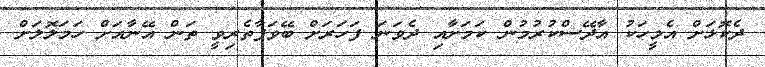
ދެކޮޅަށް އެމީހަކު އާދޭސްކުރުމުން ކަމަށާއި ދެވަނަ ފަހަރަށް ބޭވަފާތެރިވީ ތަން އޭނާއަށް ހަމަލޮލަށް